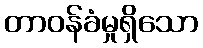
တာဝန်ခံမှုရှိသော